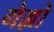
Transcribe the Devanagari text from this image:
गेल्लो